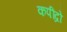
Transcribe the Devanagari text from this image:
कपींद्रो